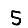
Digit: 5